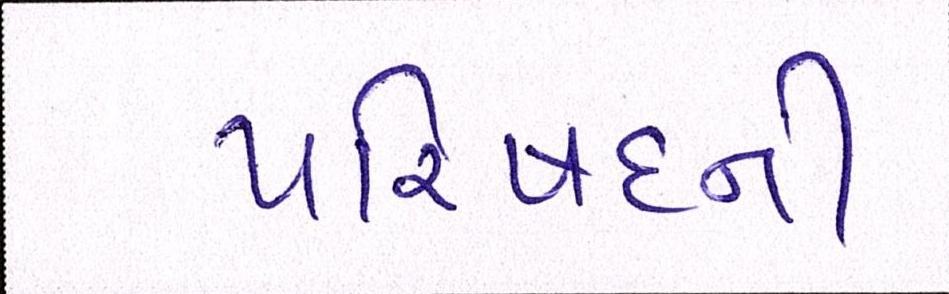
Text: પરિષદની